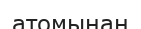
атомынан